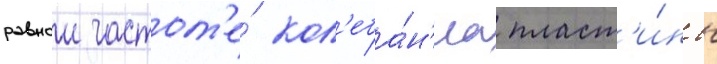
равнои частот'е́ кол'еба́н'иа пласт'и́ны